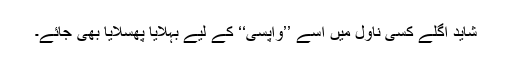
شاید اگلے کسی ناول میں اسے ’’واپسی‘‘ کے لیے بہلایا پھسلایا بھی جائے۔